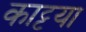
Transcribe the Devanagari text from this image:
काट्टया